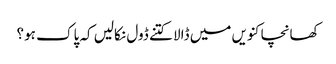
کھانچا کنویں میں ڈالا کتنے ڈول نکالیں کہ پاک ہو؟